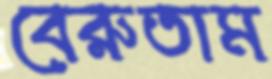
বেরুতাম